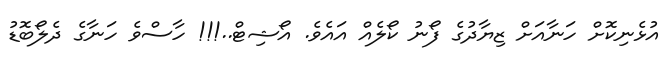
އުޅެނިކޮށް ހަނާއަށް ޒިޔާދުގެ ފޯނު ކޯލެއް އައެވެ. އޯޝިޓް..!!! ހާސްވެ ހަނާގެ ދެލޯބޮޑު